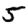
Digit: 5